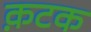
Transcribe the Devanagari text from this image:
क़टक